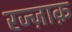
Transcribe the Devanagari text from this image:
रज्ज़ाक़